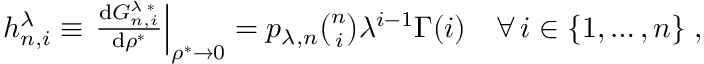
\begin{array} { r } { h _ { n , i } ^ { \lambda } \equiv \left. \frac { \mathrm { d } G _ { n , i } ^ { \lambda \; * } } { \mathrm { d } \rho ^ { * } } \right| _ { \rho ^ { * } \to 0 } = p _ { \lambda , n } \binom { n } { i } \lambda ^ { i - 1 } \Gamma ( i ) \quad \forall \, i \in \lbrace 1 , \dots , n \rbrace \; , } \end{array}